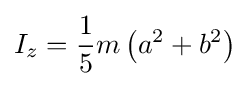
I_{z}={\frac {1}{5}}m\left(a^{2}+b^{2}\right)\,\!